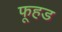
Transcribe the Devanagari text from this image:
फूहड